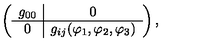
\left( \begin{array} { c | c } { g _ { 0 0 } } & { 0 } \\ \hline { 0 } & { g _ { i j } ( { \varphi } _ { 1 } , { \varphi } _ { 2 } , { \varphi } _ { 3 } ) } \\ \end{array} \right) ,